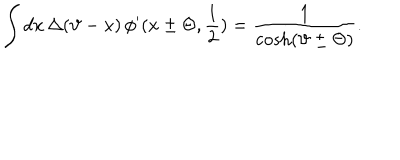
LaTeX: \displaystyle \int d x \, \Delta ( \vartheta - x ) \, \phi ^ { \prime } ( x \pm \Theta , \displaystyle \frac { 1 } { 2 } ) = \displaystyle \frac { 1 } { \cosh ( \vartheta \pm \Theta ) } .